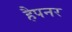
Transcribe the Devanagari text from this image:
हैपनर